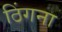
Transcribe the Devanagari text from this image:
ठिंगना